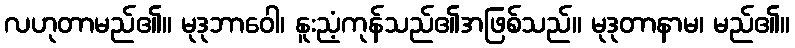
လဟုတာမည်၏။ မုဒုဘာဝေါ၊ နူးညံ့ကုန်သည်၏အဖြစ်သည်။ မုဒုတာနာမ၊ မည်၏။